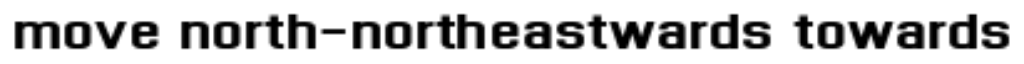
move north-northeastwards towards